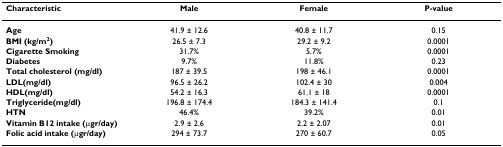
<table><thead><tr><td><b>Characteristic</b></td><td><b>Male</b></td><td><b>Female</b></td><td><b>P-value</b></td></tr></thead><tbody><tr><td><b>Age</b></td><td>41.9 ± 12.6</td><td>40.8 ± 11.7</td><td>0.15</td></tr><tr><td><b>BMI (kg/m<sup>2</sup>)</b></td><td>26.5 ± 7.3</td><td>29.2 ± 9.2</td><td>0.0001</td></tr><tr><td><b>Cigarette Smoking</b></td><td>31.7%</td><td>5.7%</td><td>0.0001</td></tr><tr><td><b>Diabetes</b></td><td>9.7%</td><td>11.8%</td><td>0.23</td></tr><tr><td><b>Total cholesterol (mg/dl)</b></td><td>187 ± 39.5</td><td>198 ± 46.1</td><td>0.0001</td></tr><tr><td><b>LDL(mg/dl)</b></td><td>96.5 ± 26.2</td><td>102.4 ± 30</td><td>0.004</td></tr><tr><td><b>HDL(mg/dl)</b></td><td>54.2 ± 16.3</td><td>61.1 ± 18</td><td>0.0001</td></tr><tr><td><b>Triglyceride(mg/dl)</b></td><td>196.8 ± 174.4</td><td>184.3 ± 141.4</td><td>0.1</td></tr><tr><td><b>HTN</b></td><td>46.4%</td><td>39.2%</td><td>0.01</td></tr><tr><td><b>Vitamin B12 intake (μgr/day)</b></td><td>2.9 ± 2.6</td><td>2.2 ± 2.07</td><td>0.01</td></tr><tr><td><b>Folic acid intake (μgr/day)</b></td><td>294 ± 73.7</td><td>270 ± 60.7</td><td>0.05</td></tr></tbody></table>